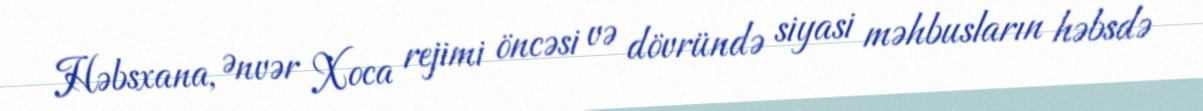
Həbsxana, Ənvər Xoca rejimi öncəsi və dövründə siyasi məhbusların həbsdə